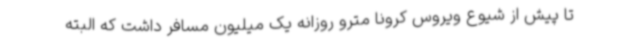
تا پیش از شیوع ویروس کرونا مترو روزانه یک میلیون مسافر داشت که البته